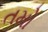
તમો